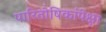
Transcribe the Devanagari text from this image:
पारितोषिकांपेक्षा